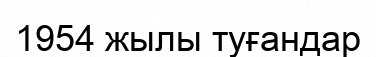
1954 жылы туғандар